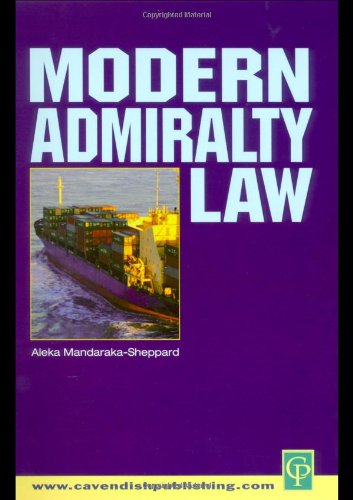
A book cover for Modern Admiralty Law; Aleka Mandaraka-Sheppard; Law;